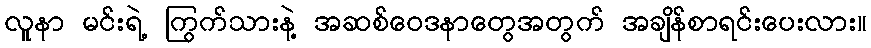
လူနာ မင်းရဲ့ ကြွက်သားနဲ့ အဆစ်ဝေဒနာတွေအတွက် အချိန်စာရင်းပေးလား။